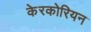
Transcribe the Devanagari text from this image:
केरकोरियन